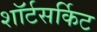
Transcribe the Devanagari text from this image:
शॉर्टसर्किट